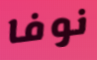
نوفا